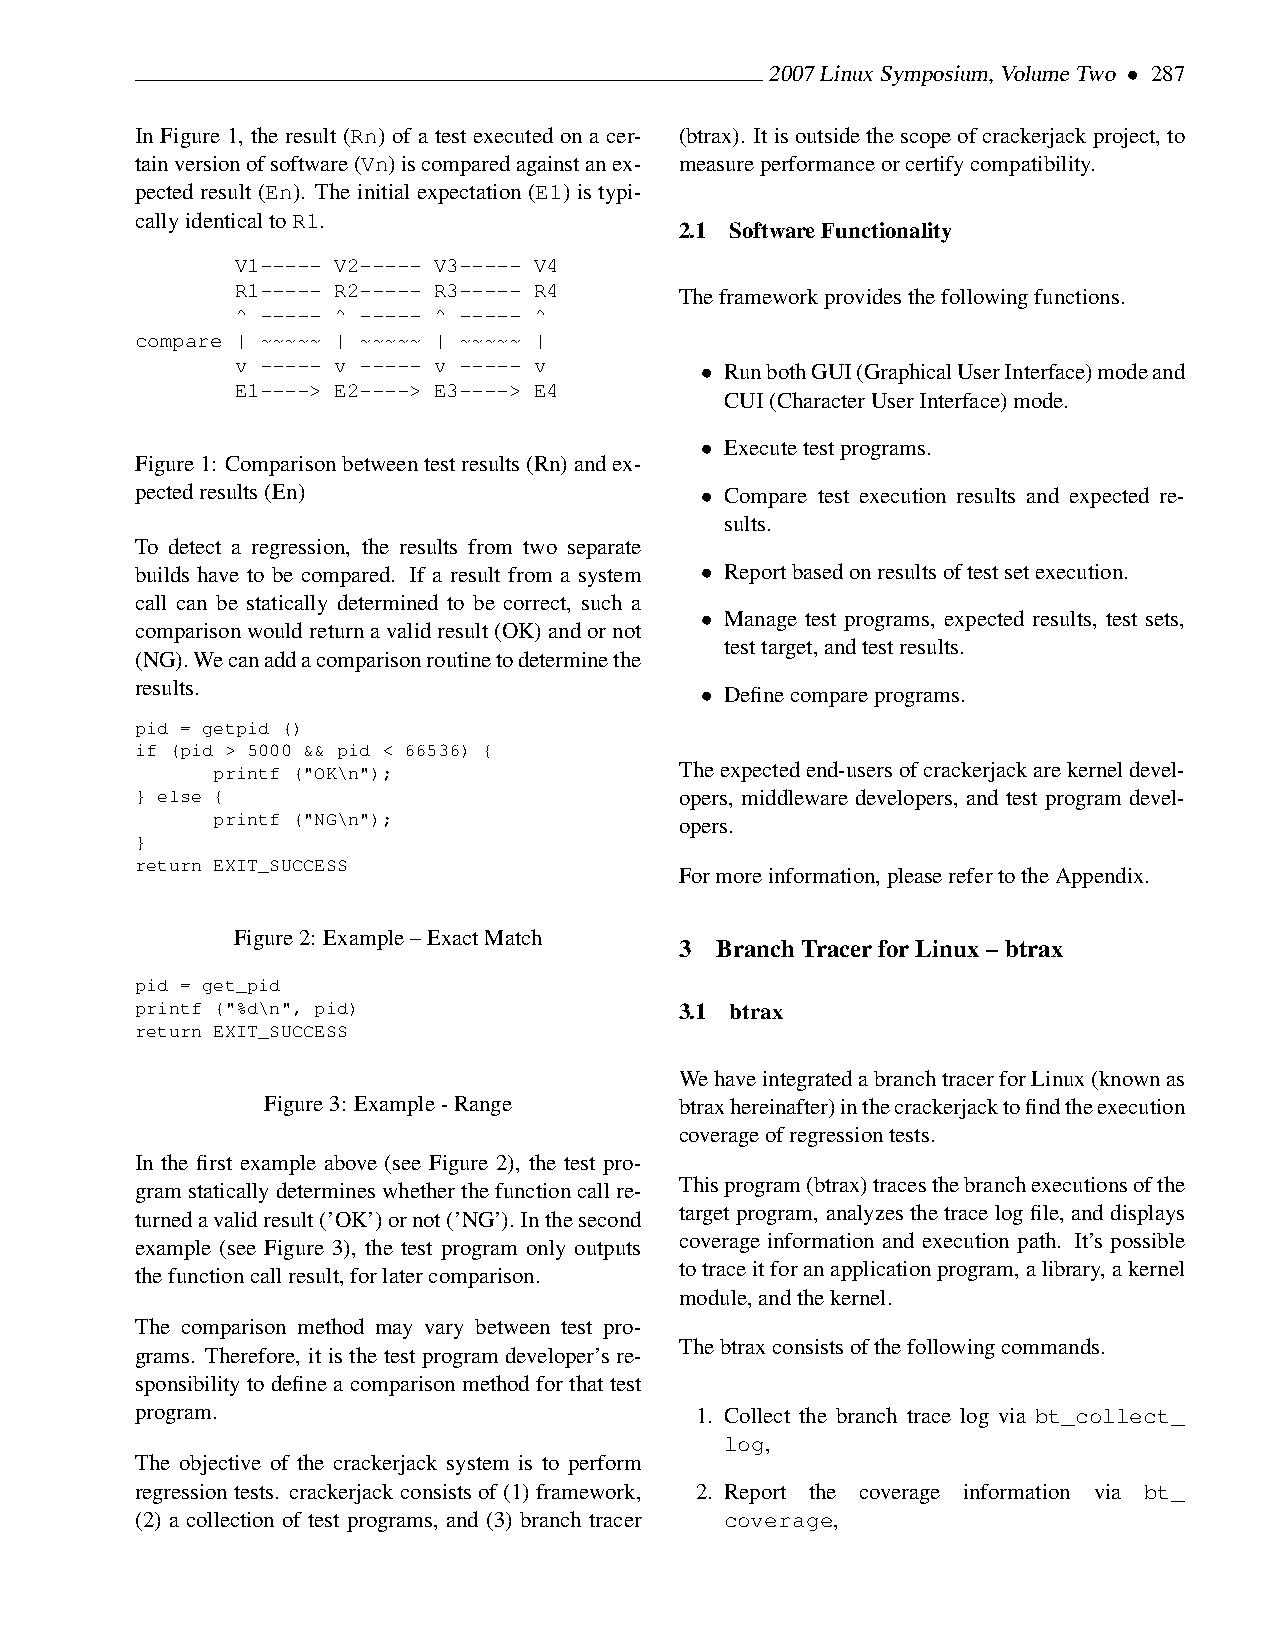
2007LinuxSymposium,VolumeTwo • 287
 In Figure 1, the result (Rn) of a test executed on a cer- (btrax). Itisoutsidethescopeofcrackerjackproject,to
 tainversionofsoftware(Vn)iscomparedagainstanex- measureperformanceorcertifycompatibility.
 pected result (En). The initial expectation (E1) is typi-
 callyidenticaltoR1.
 2.1 SoftwareFunctionality
 V1----- V2----- V3----- V4
 R1----- R2----- R3----- R4
 Theframeworkprovidesthefollowingfunctions.
 ^ ----- ^ ----- ^ ----- ^
 compare | ~~~~~ | ~~~~~ | ~~~~~ |
 v ----- v ----- v ----- v
 • RunbothGUI(GraphicalUserInterface)modeand
 E1----> E2----> E3----> E4
 CUI(CharacterUserInterface)mode.
 • Executetestprograms.
 Figure1: Comparisonbetweentestresults(Rn)andex-
 pectedresults(En)                    • Compare test execution results and expected re-
 sults.
 To detect a regression, the results from two separate
 builds have to be compared. If a result from a system • Reportbasedonresultsoftestsetexecution.
 call can be statically determined to be correct, such a
 • Manage test programs, expected results, test sets,
 comparisonwouldreturnavalidresult(OK)andornot
 testtarget,andtestresults.
 (NG).Wecanaddacomparisonroutinetodeterminethe
 results.
 • Definecompareprograms.
 pid = getpid ()
 if (pid > 5000 && pid < 66536) {
 printf ("OK\n");               Theexpectedend-usersofcrackerjackarekerneldevel-
 } else {                            opers, middleware developers, and test program devel-
 printf ("NG\n");
 opers.
 }
 return EXIT_SUCCESS
 Formoreinformation,pleaserefertotheAppendix.
 Figure2: Example–ExactMatch
 3 BranchTracerforLinux–btrax
 pid = get_pid
 printf ("%d\n", pid)                3.1 btrax
 return EXIT_SUCCESS
 WehaveintegratedabranchtracerforLinux(knownas
 Figure3: Example-Range     btraxhereinafter)inthecrackerjacktofindtheexecution
 coverageofregressiontests.
 In the first example above (see Figure 2), the test pro-
 Thisprogram(btrax)tracesthebranchexecutionsofthe
 gramstaticallydetermineswhetherthefunctioncallre-
 target program, analyzes the trace log file, and displays
 turnedavalidresult(’OK’)ornot(’NG’).Inthesecond
 coverage information and execution path. It’s possible
 example (see Figure 3), the test program only outputs
 totraceitforanapplicationprogram,alibrary,akernel
 thefunctioncallresult,forlatercomparison.
 module,andthekernel.
 The comparison method may vary between test pro-
 Thebtraxconsistsofthefollowingcommands.
 grams. Therefore, it is the test program developer’s re-
 sponsibility to define a comparison method for that test
 program.                             1. Collect the branch trace log via bt_collect_
 log,
 The objective of the crackerjack system is to perform
 regression tests. crackerjack consists of (1) framework, 2. Report the coverage information via bt_
 (2) a collection of test programs, and (3) branch tracer coverage,